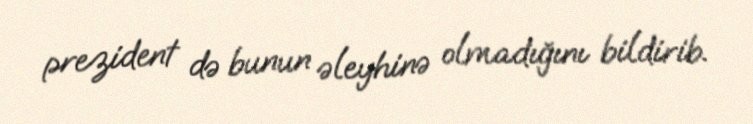
prezident də bunun əleyhinə olmadığını bildirib.